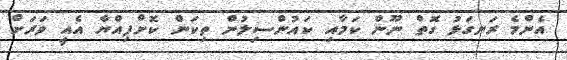
އެންމެ ރަނގަޅު ގޮތް ނޫން ކަމާއި ކައުންސިލުން ތިކަން ކޮށްފިއްޔާ އެއީ ވަރަށް